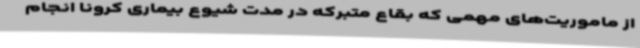
از ماموریت‌های مهمی که بقاع متبرکه در مدت شیوع بیماری کرونا انجام